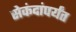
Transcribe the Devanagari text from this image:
सेकंदांपर्यंत